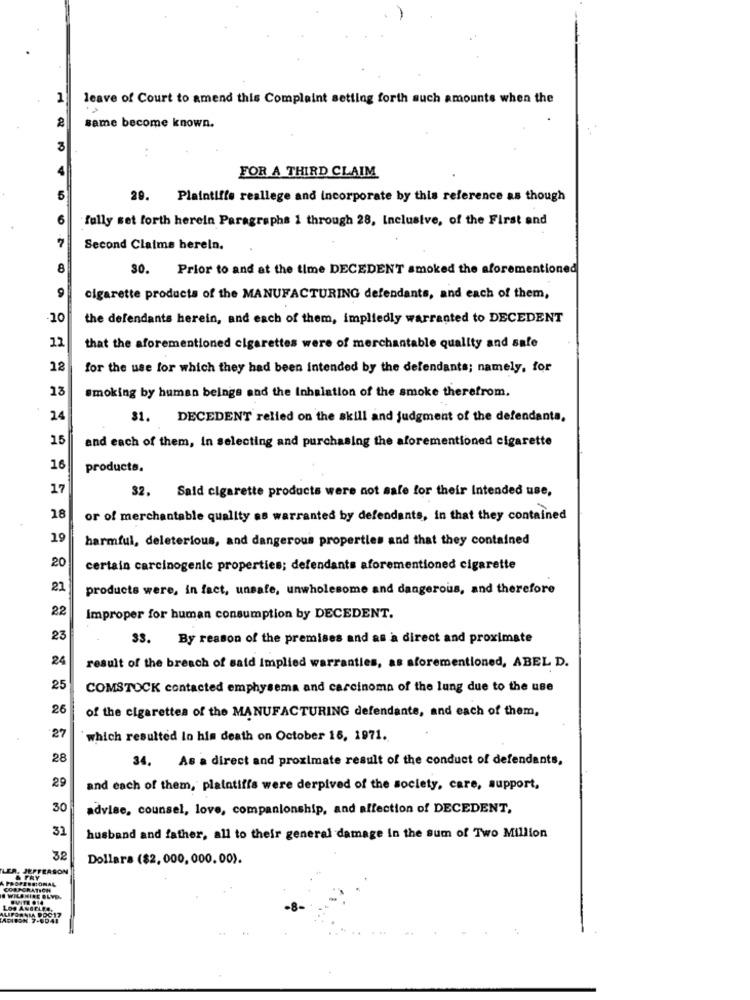
leave of Court to amend this Complaint setting forth such amounts when the
2
same become known.
FOR A THIRD CLAIM
29. Plaintiffe reallege and incorporate by this reference as though
fully set forth herein Paragraphs 1 through 28, Inclusive, of the First and
Second Claims hereln.
8
30. Prior to and at the time DECEDENT smoked the aforementioned
9
cigarette products of the MANUFACTURING defendants, and each of them,
10
the defendants herein, and each of them, impliedly warranted to DECEDENT
12
that the aforementioned cigarettes were of merchantable quality and safe
12
for the use for which they had been intended by the defendants; namely, for
13
smoking by human beings and the Inhalation of the smoke therefrom.
24
31. DECEDENT relied on the skill and judgment of the defendants,
15
and each of them, In selecting and purchasing the aforementioned cigarette
16
products.
17
Said cigarette products were not safe for their Intended use,
32.
18
or of merchantable quality as warranted by defendants, in that they contained
19
harmful, deleterious, and dangerous properties and that they contained
20
certain carcinogenic properties; defendants aforementioned cigarette
21
products were, in fact, unsafe, unwholesome and dangerous, and therefore
22
Improper for human consumption by DECEDENT.
23
33. By reason of the premises and as a direct and proximate
24
result of the breach of said Implied warranties, as aforementioned, ABEL D.
25
COMSTOCK contacted emphysema and carcinoma of the lung due to the use
26
of the cigarettes of the MANUFACTURING defendants, and each of them,
27
which resulted In his death on October 16, 1971.
28
34. As a direct and proximate result of the conduct of defendants,
29
and each of them, plaintiffs were derpived of the society, care, support,
30
advise, counsel, love, companionship, and affection of DECEDENT,
31
husband and father, all to their general damage In the sum of Two Million
32
Dollars ($2, 000, 000. 00).
LER, JEFFERSON
PROFESSIONAL
& FRY
CORPORATION
. WILSHIRE BLVD.
.VITE 914
LOS ANGELES,
ALIFORNIA POCIT
ADISON 7-0041